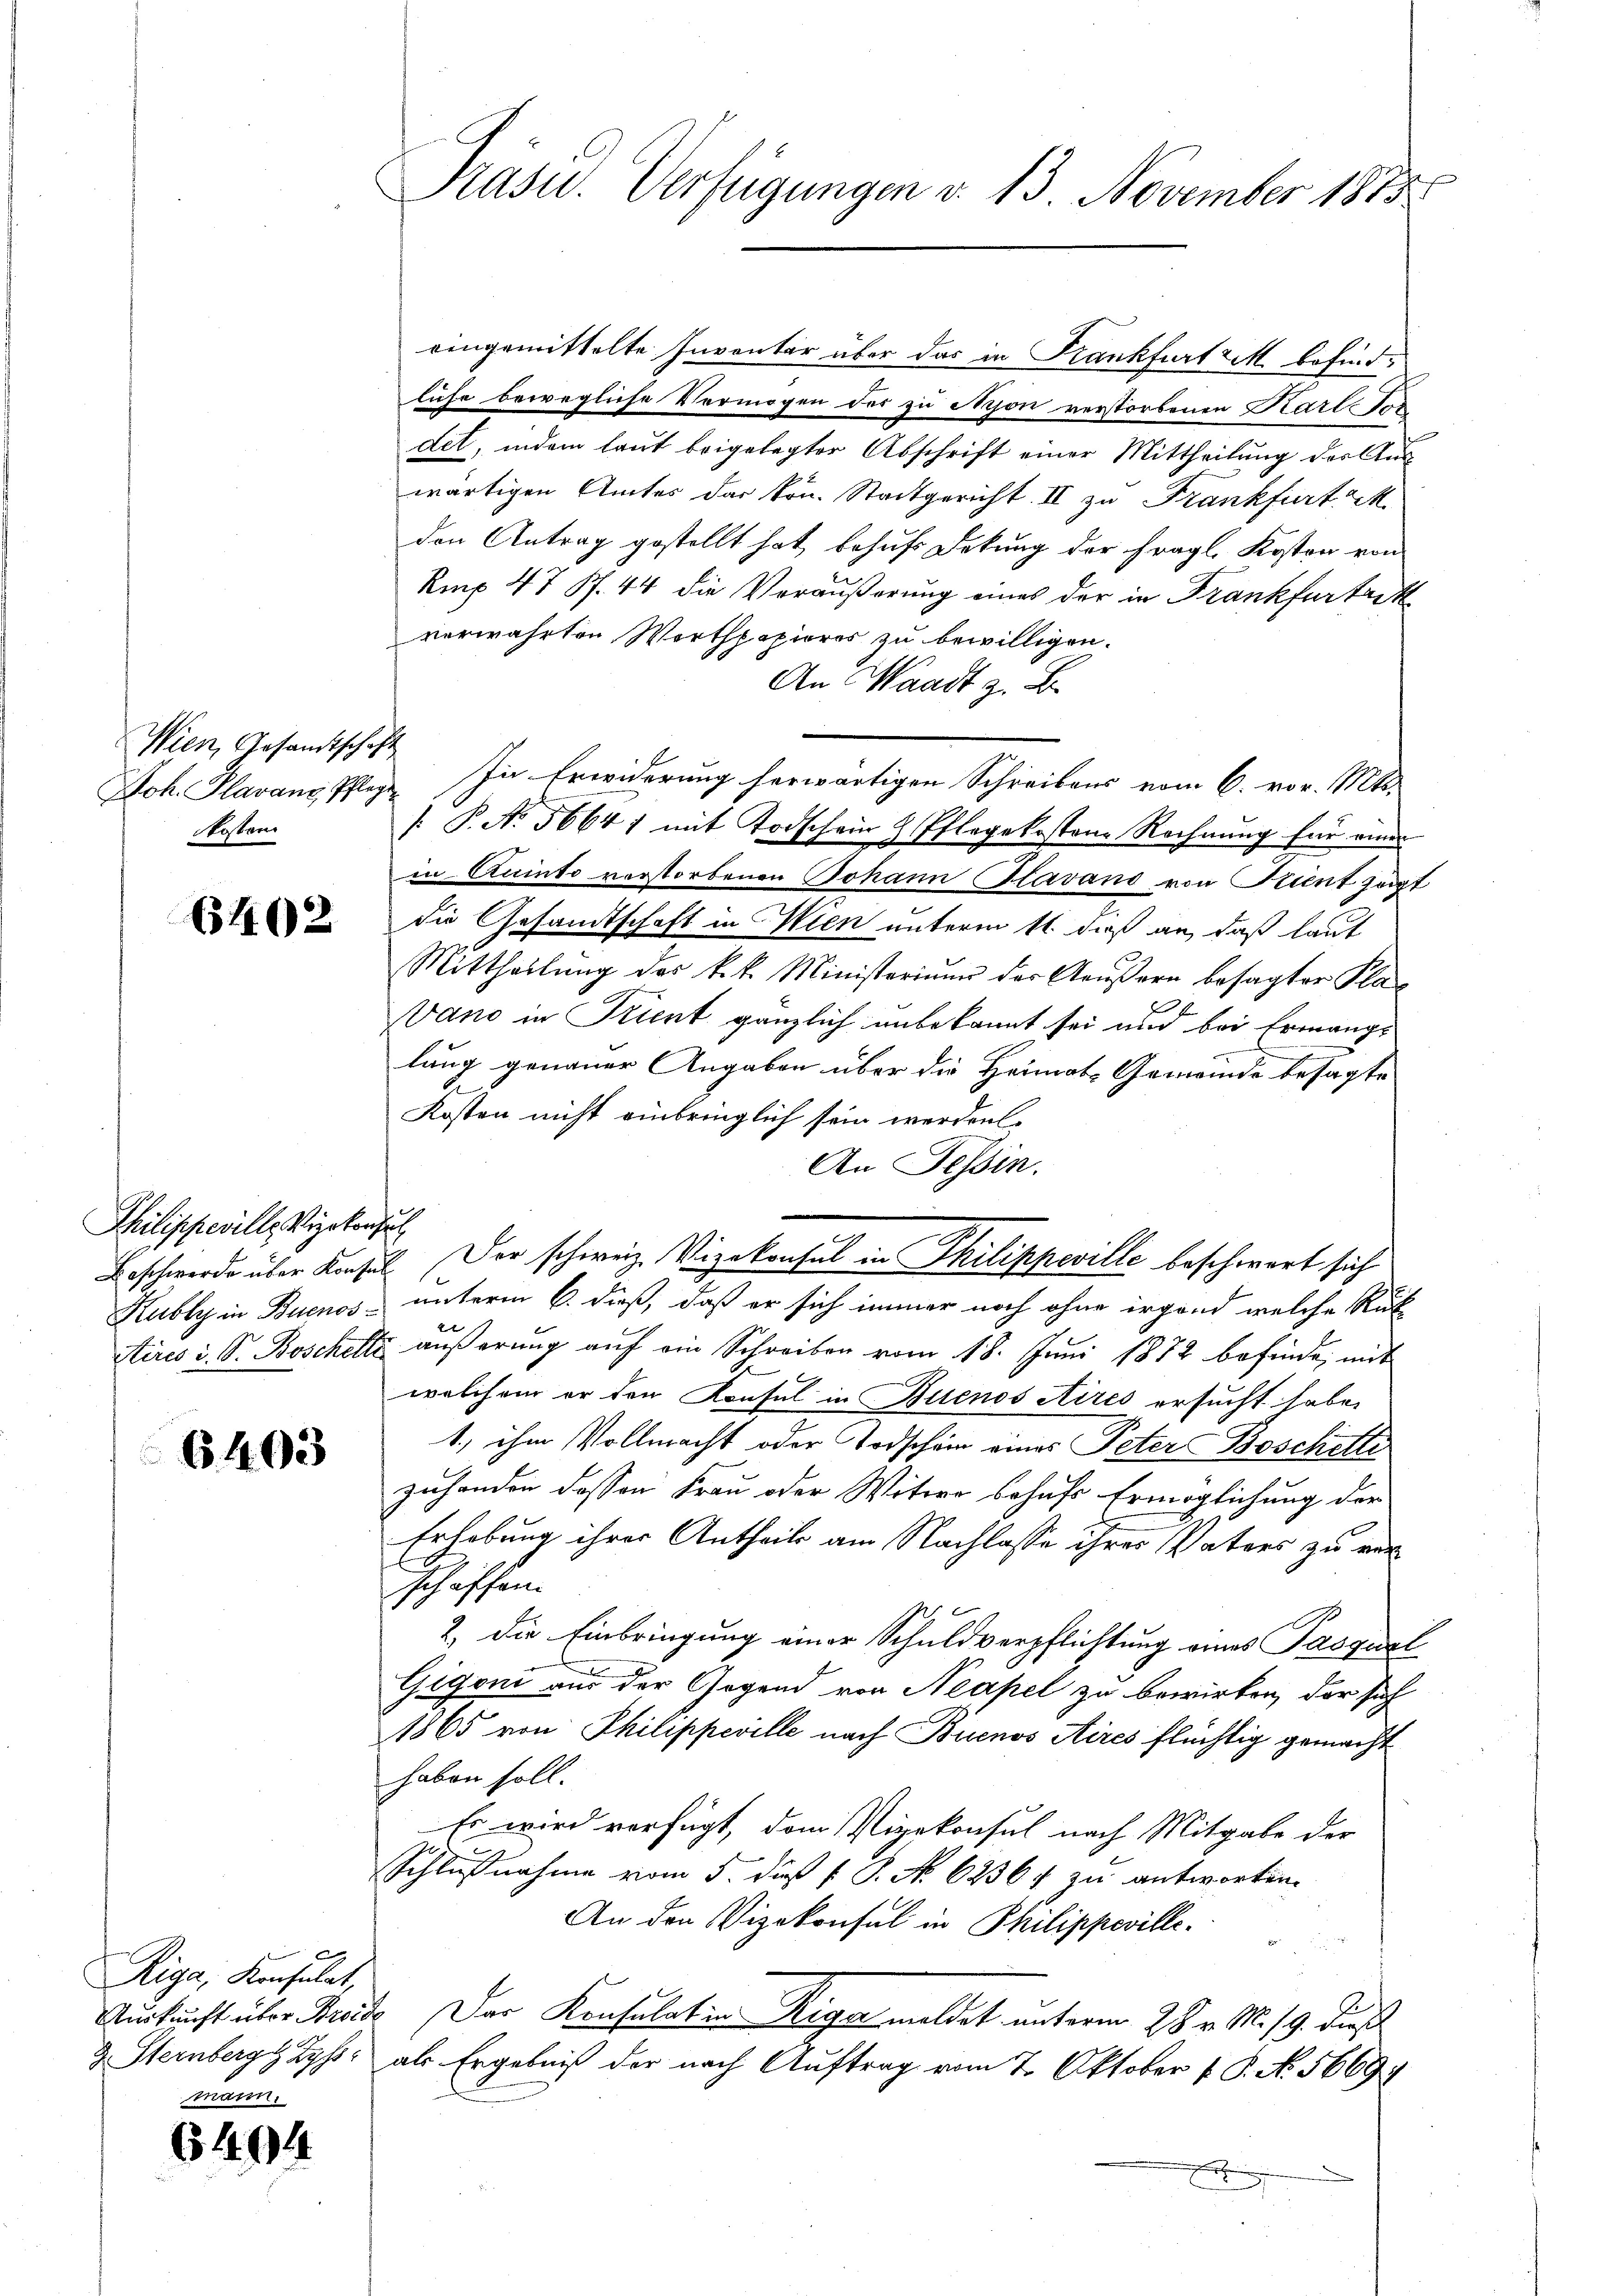
Wien, Gesandtschaft
Joh. Plavanz, Pflegt
kosten

6402

Philippeville Vizekonsul

6403

Riga, Konsulat,
g. Sternberg Zyss

6494

Präser. Verfügungen d. 13. November 1832.

eingemittelte Inventar über das in Krankfurt M. befindliche bewegliche Vermögen der zu Nijon verstorbenen Karle sor
det, indem laut beigelegter Abschrift einer Mittheilung der Auswärtigen Amtes der Hrn. Stadtgericht. II zu Frankfurt M
den Antrag gestellt hat, behufs Dekung der fragl. Kosten von
Rmp 47 Pf. 44 die Veräußerung eines der in Frankfurteck
verwahrten Worthpapieres zu bewilligen.
An Waadt z. B.
In Erwiderung herwärtigen Schreibens vom 6. vor. Mts.
[ P. N. 56641 mit Todschein H. Pflegekostene Rechnung für einer
in Aninto verstorbenen Johann (Glavano von Stient zeigt
die Gesandtschaft in Wien unterm 11. dieß an, daß laut
Mittheilung des k.k. Ministerium der Aeußern besagter Plad
Vano in Kriert gänzlich unbekannt sei und bei Ermange
lung genauer Angaben über die Heimats Gemeinde besagte
Kosten nicht einbringlich sein werden.
An Tessin.
Beschwerde über Konsil. Der schweiz. Vizekonsul in Philippeville beschwert sich
Kubly in Buenos unterm 6. dieß, daß er sich immer noch ohne irgend welche Rut
e
itires u. S. Bosckelte aŭβerŭng aŭf ein Schreiben vom 18. Juni 1872 befinde, mit
welchem er den Konsul in Buenos Aires ersucht habe,
1., ihm Vollmacht oder Todschein eines Peter Boschitte
zuhanden dassen Frau oder Witwe behufs Ermöglichung der
Erhebung ihrer Antheils am Nachlasse ihrer Vaters zu ver-
schaffen.
2. Die Einbringung einer Schuldverpflichtung eines Pasqual
.
e
Gigoni aus der Gegend von Neapel zu bewirken, der sich
1865 von Philippeville nach Buenos Aires flüchtig gemacht
haben soll.
Es wird verfügt, dem Vizekonsul nach Mitgabe der
Schlußnahme vom 5. dieß 1 S. No. 62364 zu antworten.
An den Vizekonsul in Philippeville¬
Auskunft über Breite. Der Konsulation Ziger meldet unterm 28. v. M. 19. dieß
als Ergebniß der nach Auftrag vom 2. Oktober P. P. No. 5669.
x